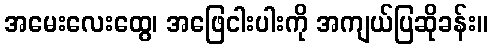
အမေးလေးထွေ၊ အဖြေငါးပါးကို အကျယ်ပြဆိုခန်း။